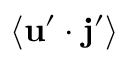
\langle { { \bf { u } } ^ { \prime } \cdot { \bf { j } } ^ { \prime } } \rangle